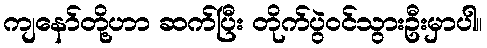
ကျနော်တို့ဟာ ဆက်ပြီး တိုက်ပွဲဝင်သွားဦးမှာပါ။